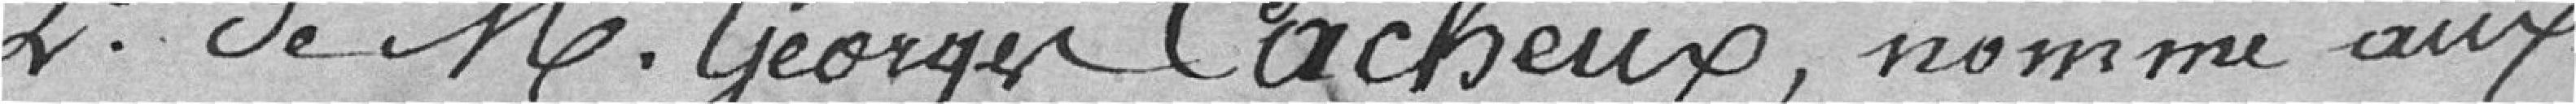
2è de M. Georges Cacheux, nommé aux